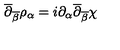
\overline { { \partial } } _ { \overline { { \beta } } } \rho _ { \alpha } = i \partial _ { \alpha } \overline { { \partial } } _ { \overline { { \beta } } } \chi